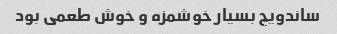
ساندویچ بسیار خوشمزه و خوش طعمی بود